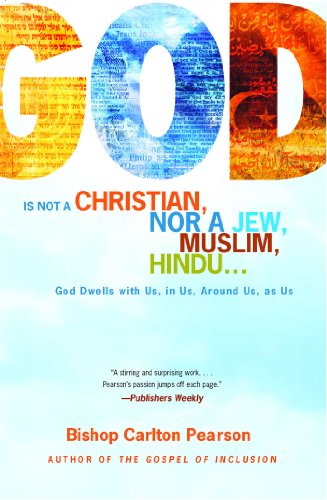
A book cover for God Is Not a Christian, Nor a Jew, Muslim, Hindu...: God Dwells with Us, in Us, Around Us, as Us; Carlton Pearson; Religion & Spirituality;